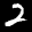
Label: 2